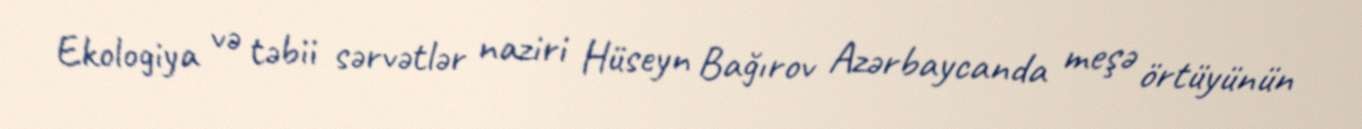
Ekologiya və təbii sərvətlər naziri Hüseyn Bağırov Azərbaycanda meşə örtüyünün